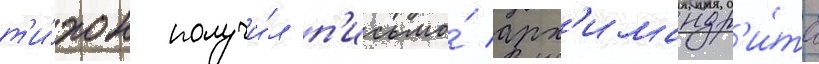
т'и́хон получи́л п'исьмо́ арх'имандр'и́та